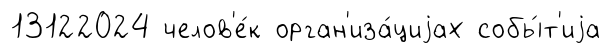
13122024 челов'е́к орган'иза́циjах собы́т'иjа